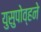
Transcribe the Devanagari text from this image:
युसुपोव्हने